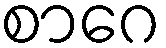
စာဂေ